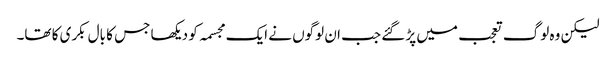
لیکن وہ لوگ تعجب میں پڑ گئے جب ان لوگوں نے ایک مجسمہ کو دیکھا جس کا بال بکری کا تھا۔